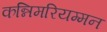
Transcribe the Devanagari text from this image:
कन्निमरियम्मन